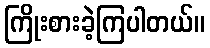
ကြိုးစားခဲ့ကြပါတယ်။